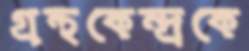
গ্রন্থকেন্দ্রকে